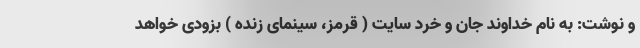
و نوشت: به نام خداوند جان و خرد سایت ( قرمز، سینمای زنده ) بزودی خواهد